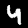
Label: 4